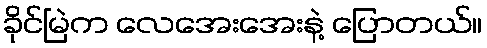
ခိုင်မြဲက လေအေးအေးနဲ့ ပြောတယ်။